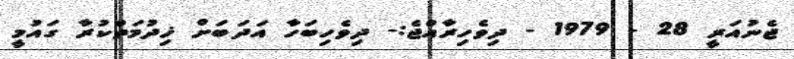
ޖެނުއަރީ 28 - 1979 - ދިވެހިރާއްޖެ:- ދިވެހިބަހާ އަދަބަށް ޚިދުމަތްކުރާ ގައުމީ